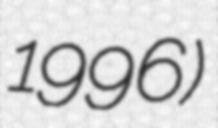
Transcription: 1996)